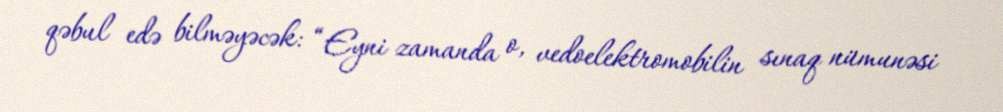
qəbul edə bilməyəcək: “Eyni zamanda o, vedoelektromobilin sınaq nümunəsi